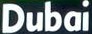
Dubai